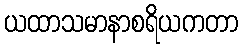
ယထာသမာနာစရိယကတာ